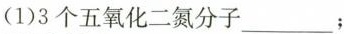
(1)3个五氧化二氮分子___；